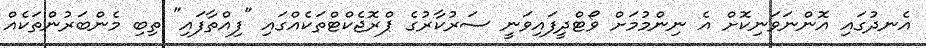
އެނދުގައި އޮންނަވަނިކޮށް އެ ނިންމުމަށް ވޯޓްދީފައިވަނީ ސަރުކާރުގެ ޕްރޮޖެކްޓްތަކެއްގައި "ފިއްތާފައި" ތިބި މެންބަރުންތަކެއް